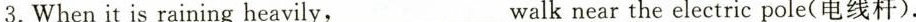
3.When it is raining heavily, ___walk near the electric pole(电线杆 ).